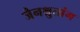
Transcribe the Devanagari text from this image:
जैनश्रुतांग